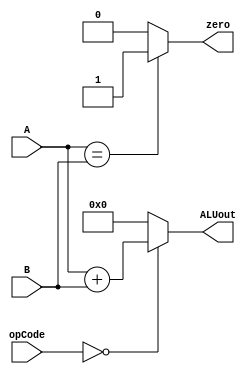
module alu (
	input signed [31:0] A,
	input signed [31:0] B, 
	input [5:0] opCode, 
	output signed [31:0] ALUout, 
	output wire zero
);

	assign ALUout = opCode == 0 ? A + B : 0;
	assign zero = (A==B) ? 1 : 0;

endmodule

//ALU testbench
// module alu_tb;
// reg [31:0] in1;
// reg [31:0] in2;
// reg [5:0] opCode;
 
// wire [31:0] result;
// wire zero;

// alu obj(in1, in2, opCode, result, zero);

// initial begin

// 	//$monitor("a=%d b=%d result=%d zero=%d", in1, in2, result, zero);

// 	#10 opCode = 0;
// 		in1 = 1;
// 		in2 = 3;
// 	#10 in1 = 3;
// 		in2 = 3;
// 	#10 in1 = 11;
// 		in2 = 11;
// end

// endmodule